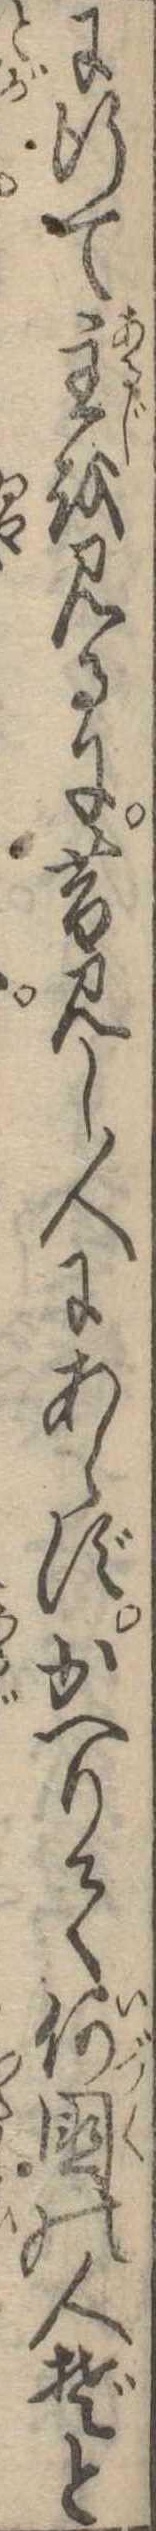
に行て主を見るに昔見し人にあらずかへりて何国の人ぞと